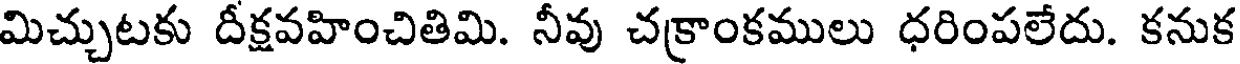
మిచ్చుటకు దీక్షవహించితిమి. నీవు చక్రాంకములు ధరింపలేదు. కనుక